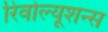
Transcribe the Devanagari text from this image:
रिवोल्यूशन्स